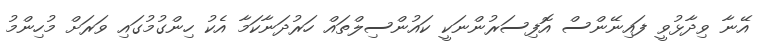
އޭނާ ވިދާޅުވީ ފައިނޭންސް އޮފިސަރުންނަކީ ކައުންސިލްތައް ހަރުދަނާކަމާ އެކު ހިންގުމުގައި ވަރަށް މުހިންމު